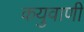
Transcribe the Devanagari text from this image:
कयुवाणी